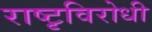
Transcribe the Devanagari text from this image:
राष्टृविरोधी